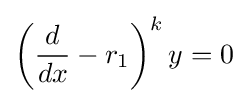
\left({\frac {d}{dx}}-r_{1}\right)^{k}y=0